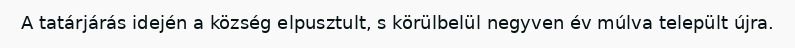
A tatárjárás idején a község elpusztult, s körülbelül negyven év múlva települt újra.